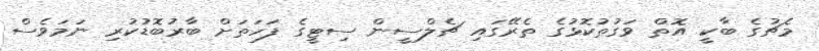
މެޗުގެ ބާކީ އޮތް ވަގުތުކޮޅުގެ ތެރޭގައި ޗެލްސީން ސިޓީގެ ފަހަތަށް ބާރުބޮޑުކުރި ނަމަވެސް